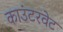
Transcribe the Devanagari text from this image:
काउंटरवेट